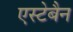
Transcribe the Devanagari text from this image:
एस्टेबैन